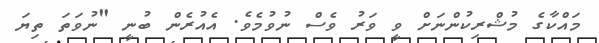
މައްކާގެ މުޝްރިކުންނަށް ވީ ވަރު ވެސް ނުވުމެވެ. އެއުރެން ބުނީ "ނުވަތަ ތިޔަ